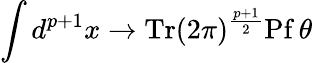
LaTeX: \int d^{p+1}x\rightarrow\mathrm{Tr}(2\pi)^{\frac{p+1}{2}}\mathrm{Pf}\, \theta